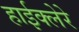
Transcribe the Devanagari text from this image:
हाईक्लेरे